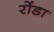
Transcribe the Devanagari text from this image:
रोंडा